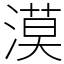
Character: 漠